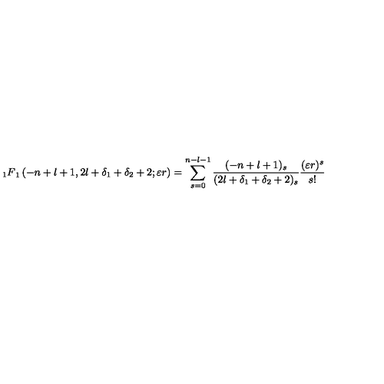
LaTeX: { _ 1 F } _ { 1 } \left( - n + l + 1 , 2 l + \delta _ { 1 } + \delta _ { 2 } + 2 ; \varepsilon r \right) = \sum _ { s = 0 } ^ { n - l - 1 } \frac { ( - n + l + 1 ) _ { s } } { ( 2 l + \delta _ { 1 } + \delta _ { 2 } + 2 ) _ { s } } \frac { ( \varepsilon r ) ^ { s } } { s ! }